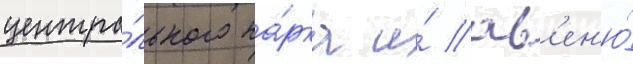
центра́льного па́рка и́ ав'ен'ю́